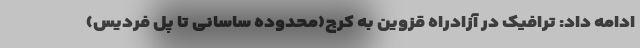
ادامه داد: ترافیک در آزادراه قزوین به کرج(محدوده ساسانی تا پل فردیس)